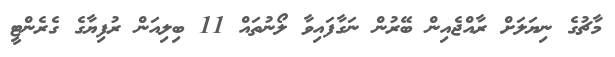
މާޗުގެ ނިޔަލަށް ރާއްޖެއިން ބޭރުން ނަގާފައިވާ ލޯނުތައް 11 ބިލިއަން ރުފިޔާގެ ގެރެންޓީ